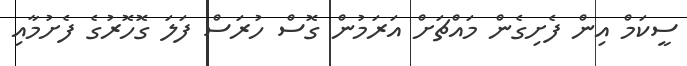
ސީކަމް އިން ފެށިގެން މައްޗަށް އަރަމުން ގޮސް ހުރަސް ފަލަ ގޮހޮރުގެ ފެށުމާއި